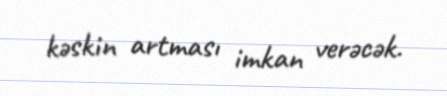
kəskin artması imkan verəcək.